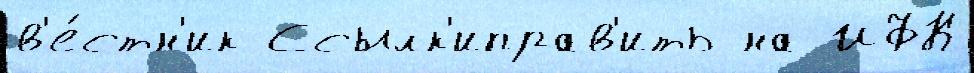
в'е́стн'ик Ссылк'иправ'ить на ИФК